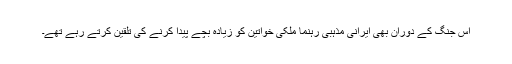
اس جنگ کے دوران بھی ایرانی مذہبی رہنما ملکی خواتین کو زیادہ بچے پیدا کرنے کی تلقین کرتے رہے تھے۔